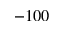
- 1 0 0